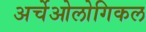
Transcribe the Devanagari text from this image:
अर्चेओलोगिकल